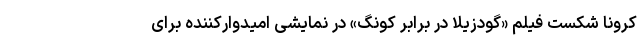
کرونا شکست فیلم «گودزیلا در برابر کونگ» در نمایشی امیدوارکننده برای